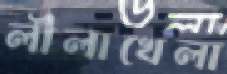
লীলাখেলা